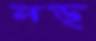
নড়্‌